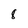
Character: 8